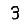
Digit: 3